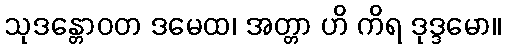
သုဒန္တောဝတ ဒမေထ၊ အတ္တာ ဟိ ကိရ ဒုဒ္ဒမော။